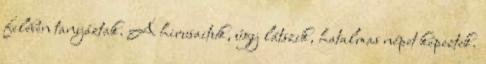
felében tanyáztak. A hirusaituk, úgy látszik, hatalmas népet képeztek.